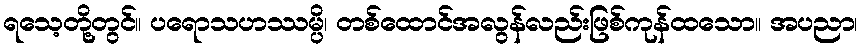
ရသေ့တို့တွင်။ ပရောသဟဿမ္ပိ၊ တစ်ထောင်အလွန်လည်းဖြစ်ကုန်ထသော။ အပညာ၊